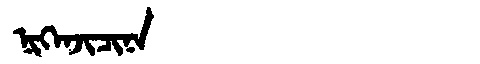
Manchu: ᠨᡳᡴᡝᠨᠵᡳᠴᡳᠨᠠ
Romanization: NIKENJICINA